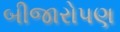
બીજારોપણ